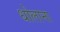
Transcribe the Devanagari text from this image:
धोलाना